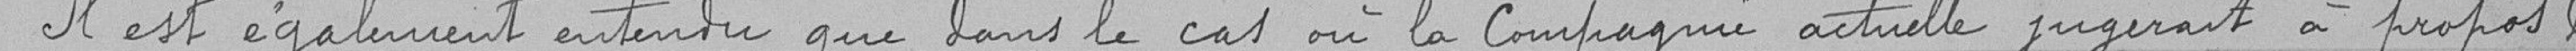
Il est également entendu que dans le cas où la Compagnie actuelle jugerait à propos le